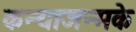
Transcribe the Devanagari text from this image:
कन्याजन्मके